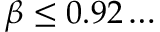
\beta \leq 0 . 9 2 \dots